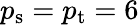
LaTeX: {p_{\mathrm{s}}}={p_{\mathrm{t}}}=6